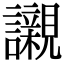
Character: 𧭼